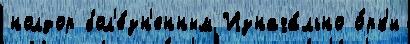
нолдор бол'е́зн'енным Изнача́льно о́рк'и